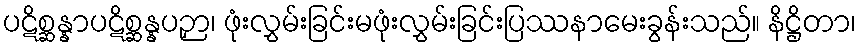
ပဋိစ္ဆန္နာပဋိစ္ဆန္နပဉှာ၊ ဖုံးလွှမ်းခြင်းမဖုံးလွှမ်းခြင်းပြဿနာမေးခွန်းသည်။ နိဋ္ဌိတာ၊